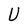
Character: U